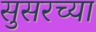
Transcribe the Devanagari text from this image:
सुसरच्या